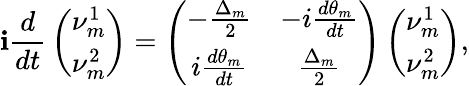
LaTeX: \mathbf{i}{\frac{{d}}{{dt}}}\left(\begin{array}{c}{{\nu_{m}^{1}}}\\ {{\nu_{m}^{2}}}\end{array}\right)=\left(\begin{array}{cc}{{-{\frac{\Delta_{m}}{2}}}}&{{-i{\frac{d\theta_{m}}{dt}}}}\\ {{i{\frac{d\theta_{m}}{dt}}}}&{{{\frac{\Delta_{m}}{2}}}}\end{array}\right)\left(\begin{array}{c}{{\nu_{m}^{1}}}\\ {{\nu_{m}^{2}}}\end{array}\right),